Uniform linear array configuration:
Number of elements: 64
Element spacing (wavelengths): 0.25
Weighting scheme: kaiser
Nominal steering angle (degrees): -30
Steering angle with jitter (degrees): -30.367
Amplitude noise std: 0.05
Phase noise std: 0.05

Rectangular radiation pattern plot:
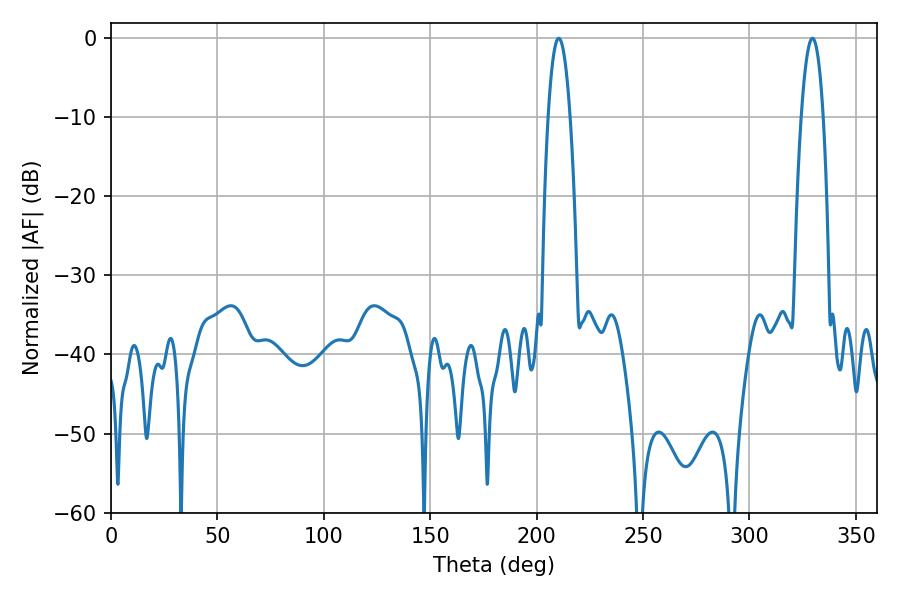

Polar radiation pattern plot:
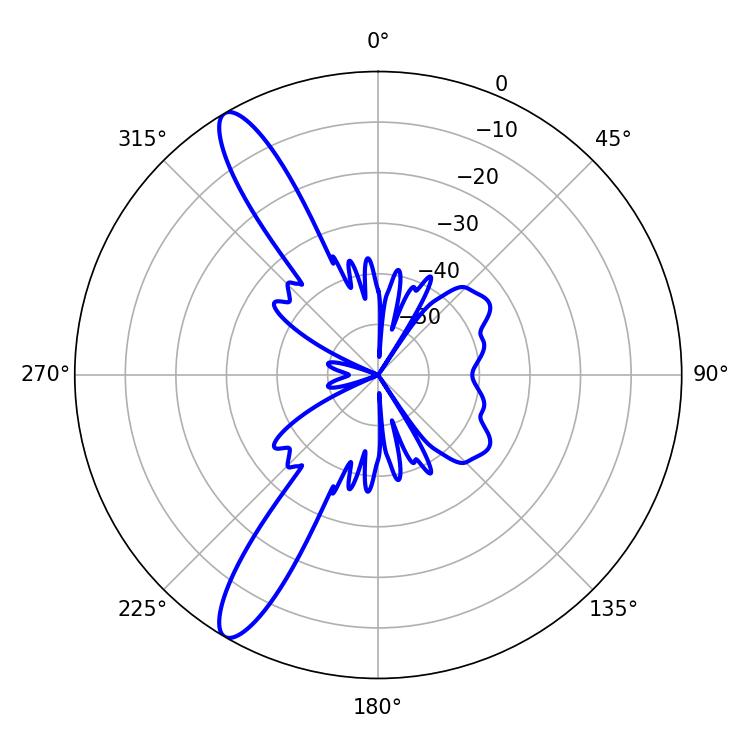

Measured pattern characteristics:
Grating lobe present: FALSE
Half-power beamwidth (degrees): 5.76
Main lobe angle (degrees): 210.42